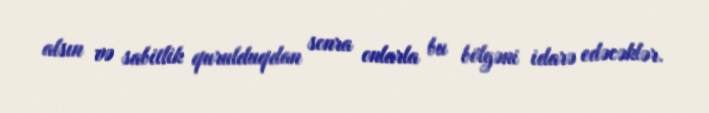
alsın və sabitlik qurulduqdan sonra onlarla bu bölgəni idarə edəcəklər.